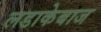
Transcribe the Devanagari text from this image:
लडाकेबाज